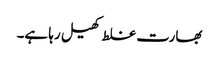
بھارت غلط کھیل رہا ہے۔